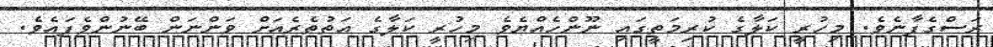
ރަސްގެފާނެވެ. މިހުރީ ކަލާގެ ކުރިމަތީގައި ނޫންހެއްޔެވެ މިހުރީ ކަލާގެ އަތުތެރެއަށް ވަންނަން ބޭނުންވެފައެވެ.